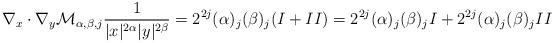
LaTeX: \begin{align*} \nabla_x \cdot \nabla_y \mathcal M_{\alpha, \beta, j}\frac{1}{|x|^{2\alpha}|y|^{2\beta}}=2^{2j}(\alpha)_j (\beta)_j(I +II)=2^{2j}(\alpha)_j (\beta)_j I+2^{2j}(\alpha)_j (\beta)_jII\end{align*}